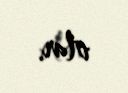
olar.